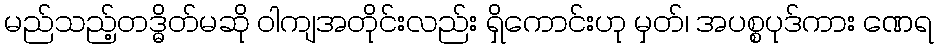
မည်သည့်တဒ္ဓိတ်မဆို ဝါကျအတိုင်းလည်း ရှိကောင်းဟု မှတ်၊ အပစ္စပုဒ်ကား ဏေရ